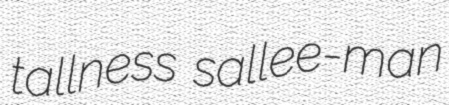
tallness sallee-man